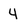
Character: 4